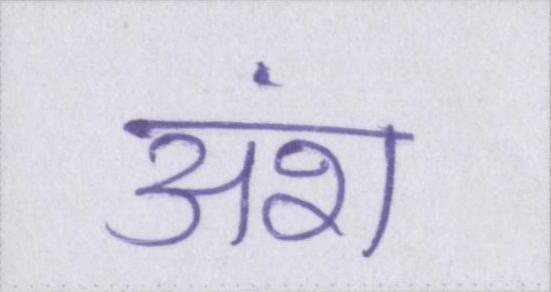
अंश